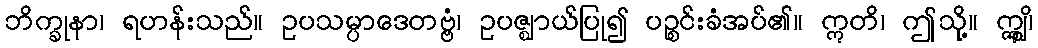
ဘိက္ခုနာ၊ ရဟန်းသည်။ ဥပသမ္ပာဒေတဗ္ဗံ၊ ဥပဇ္ဈာယ်ပြု၍ ပဉ္စင်းခံအပ်၏။ ဣတိ၊ ဤသို့။ ဣျွှိ၊